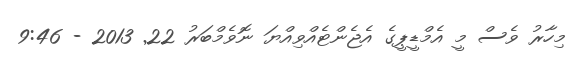
މިހާރު ވެސް މީ އެމްޑީޕީގެ އެޖެންޓެއްވިއްޔަ ނޮވެމްބަރު 22